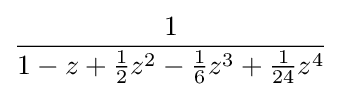
{\frac {1}{1-z+{\frac {1}{2}}z^{2}-{\frac {1}{6}}z^{3}+{\frac {1}{24}}z^{4}}}